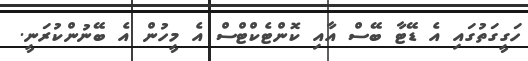
ހަގީގަތުގައި އެ ޑޭޓާ ބޭސް އާއި ކޮންޓެކްޓްސް އެ މީހުން އެ ބޭނުންކުރަނީ.